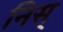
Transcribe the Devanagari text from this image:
निस्‌